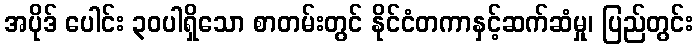
အပိုဒ် ပေါင်း ၃၀ပါရှိသော စာတမ်းတွင် နိုင်ငံတကာနှင့်ဆက်ဆံမှု၊ ပြည်တွင်း